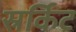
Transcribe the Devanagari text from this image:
स्रर्किट